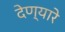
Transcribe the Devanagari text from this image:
देण्यारे